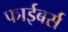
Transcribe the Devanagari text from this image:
फाईबर्स